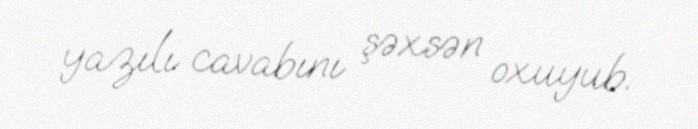
yazılı cavabını şəxsən oxuyub.